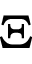
\Xi